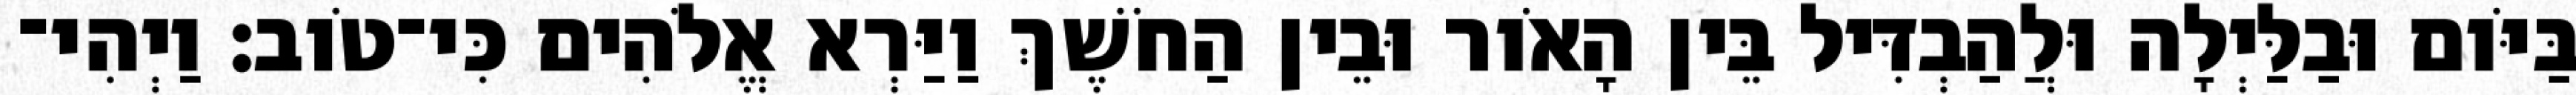
בַּיֹּום וּבַלַּיְלָה וּלֲהַבְדִּיל בֵּין הָאֹור וּבֵין הַחֹשֶׁךְ וַיַּרְא אֱלֹהִים כִּי־טֹוב׃ וַיְהִי־